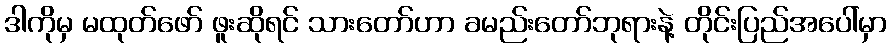
ဒါကိုမှ မထုတ်ဖော် ဖူးဆိုရင် သားတော်ဟာ ခမည်းတော်ဘုရားနဲ့ တိုင်းပြည်အပေါ်မှာ